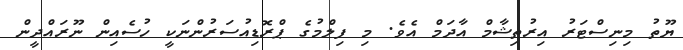
ޔޫތު މިނިސްޓަރު އިރުތިޝާމް އާދަމް އެވެ. މި ފިލްމުގެ ޕްރޮޑިއުސަރުންނަކީ ހުސެއިން ނޫރައްދީން